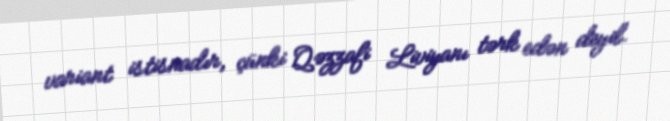
variant istisnadır, çünki Qəzzafi Liviyanı tərk edən deyil.